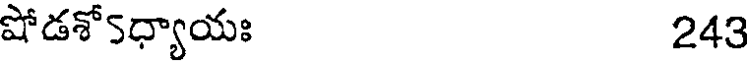
షోడశో5ధ్యాయః 243